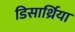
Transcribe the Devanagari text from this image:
डिसार्थ्रिया